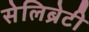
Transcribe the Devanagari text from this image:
सेलिब्रेटी